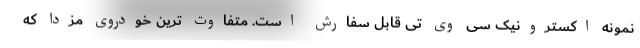
نمونه اکسترونیک سی وی تی قابل سفارش است. متفاوت ترین خودروی مزدا که